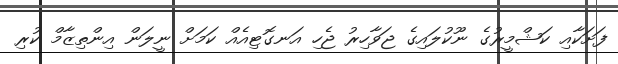
ފަށަކާއި ކަޝްމީރުގެ ނޫކުލައިގެ ޖަވާހިރު ޖެހި އަނގޮޓިއެއް ކަމަށް ނީލަން އިންތިޒާމް ކުރި